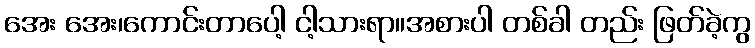
အေး အေး၊ကောင်းတာပေါ့ ငါ့သားရာ။အစားပါ တစ်ခါ တည်း ဖြတ်ခဲ့ကွ